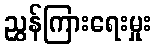
ညွှန်ကြားရေးမှုး